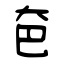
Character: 夿